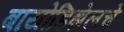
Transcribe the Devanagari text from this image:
बायोडिझेलचे